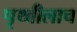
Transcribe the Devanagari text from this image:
पृथ्वीलाच